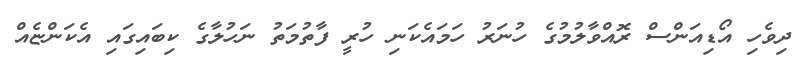
ދިވެހި އޯޑިއަންސް ރޮއްވާލުމުގެ ހުނަރު ހަމައެކަނި ހުރީ ފާތުމަތު ނަހުލާގެ ކިބައިގައި އެކަންޏެއް